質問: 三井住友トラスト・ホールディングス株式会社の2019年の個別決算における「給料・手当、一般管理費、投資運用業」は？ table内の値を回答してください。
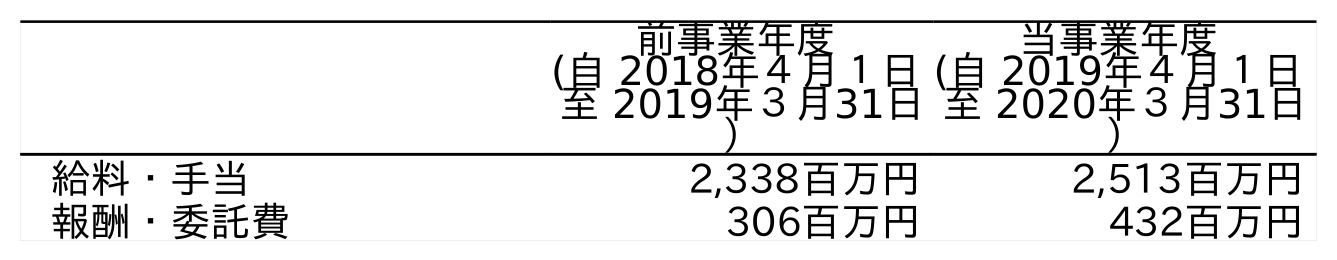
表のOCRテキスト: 前事業年度 (自 2018年４月１日 至 2019年３月31日 ） 当事業年度 (自 2019年４月１日 至 2020年３月31日 ） 給料・手当 2,338百万円 2,513百万円 報酬・委託費 306百万円 432百万円
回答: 2,338